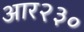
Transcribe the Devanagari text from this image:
आर२३०